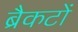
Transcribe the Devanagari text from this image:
ब्रैकटों